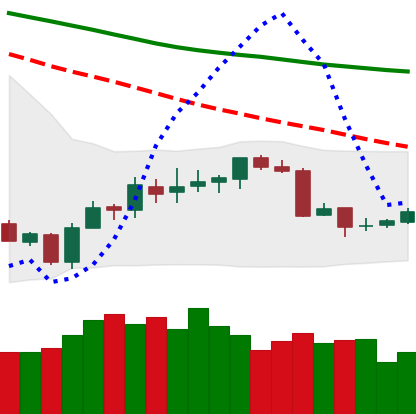
Ticker: BTC-USD
Chart end date: 2018-07-15
Forward return: 15.637%
Label: up_7plus